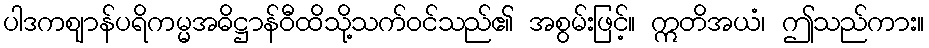
ပါဒကဈာန်ပရိကမ္မအဓိဋ္ဌာန်ဝီထိသို့သက်ဝင်သည်၏ အစွမ်းဖြင့်။ ဣတိအယံ၊ ဤသည်ကား။